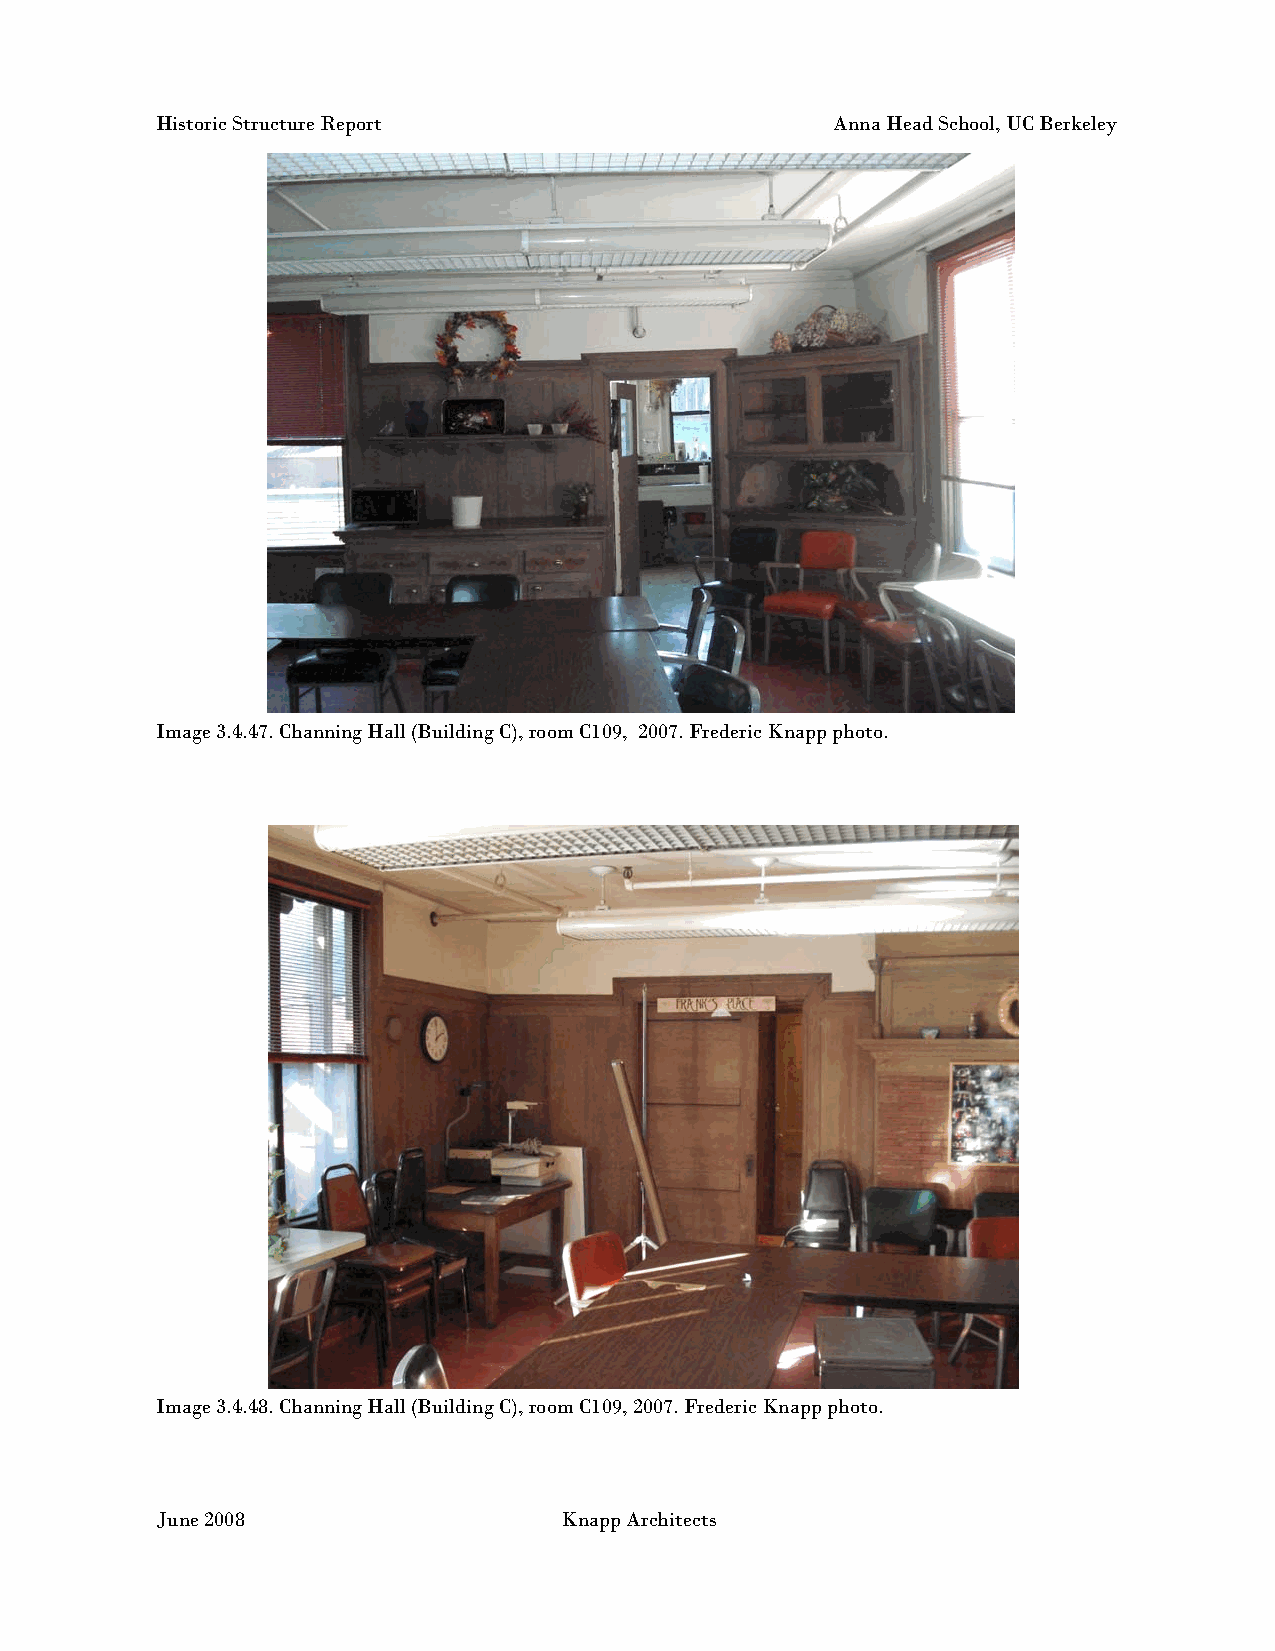
Historic Structure Report                    Anna Head School, UC Berkeley
 Image 3.4.47. Channing Hall (Building C), room C109, 2007. Frederic Knapp photo.
 Image 3.4.48. Channing Hall (Building C), room C109, 2007. Frederic Knapp photo.
 June 2008                  Knapp Architects